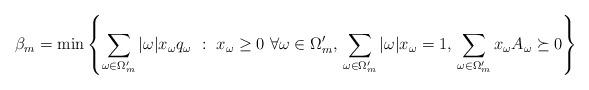
LaTeX: \begin{align*} \beta_m &= \min \left\{\sum_{\omega \in \Omega_m'} |\omega| x_{\omega}q_{\omega} \, \,:\, \, x_{\omega} \geq 0 \,\, \forall \omega \in \Omega_m', \,\sum_{\omega \in \Omega_m'} |\omega| x_{\omega}= 1, \, \sum_{\omega \in \Omega_m'} x_{\omega} A_{\omega} \succeq 0 \right\}\end{align*}